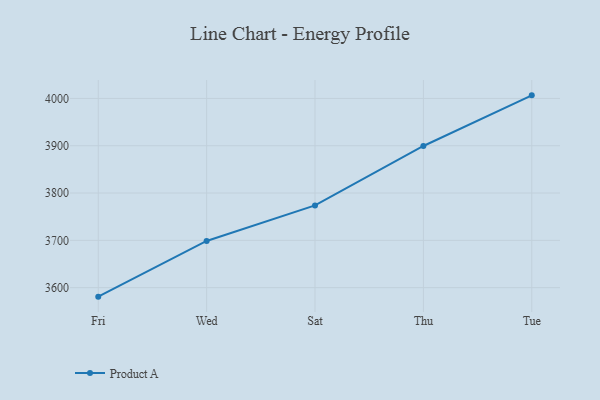
{"axis": {"x": "Day", "y": "Active Users"}, "legend": ["Product A"], "data": [{"x": "Fri", "y": 3581.0, "type": "Product A"}, {"x": "Wed", "y": 3698.7, "type": "Product A"}, {"x": "Sat", "y": 3773.9, "type": "Product A"}, {"x": "Thu", "y": 3899.5, "type": "Product A"}, {"x": "Tue", "y": 4006.5, "type": "Product A"}]}